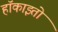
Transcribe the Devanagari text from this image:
हॉकाइतो